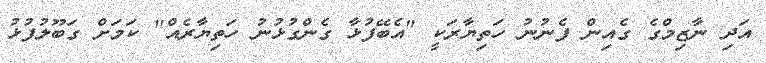
އަދި ނާޒިމްގެ ގެއިން ފެނުނު ހަތިޔާރަކީ "އެބޭފުޅާ ގެންގުޅުނު ހަތިޔާރެއް" ކަމަށް ގަބޫލުފުޅު